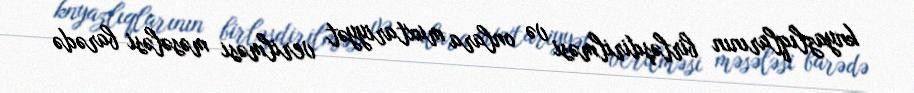
knyazlıqlarının birləşdirilməsi və onlara muxtariyyət verilməsi məsələsi barədə